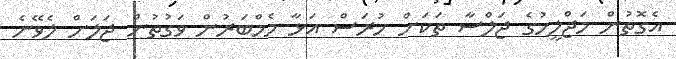
އެގޮތުން މަޖްލީހުގެ ޖަލްސާ ތަކަށް ހުރަސް އަޅާ މެމްބަރުން ވަގުތުން ޖަލަށް ލެވޭނެ